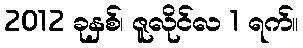
2012 ခုနှစ်၊ ဇူလိုင်လ 1 ရက်။